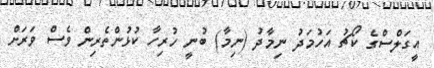
އީގަލްސްގެ ކޯޗު އަހުމަދު ނިމާދު (ނިމާ) ބުނީ ހުރިހާ ކުޅުންތެރިން ވެސް ވަރަށް